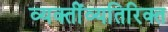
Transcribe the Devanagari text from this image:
व्यक्तींव्यतिरिक्त